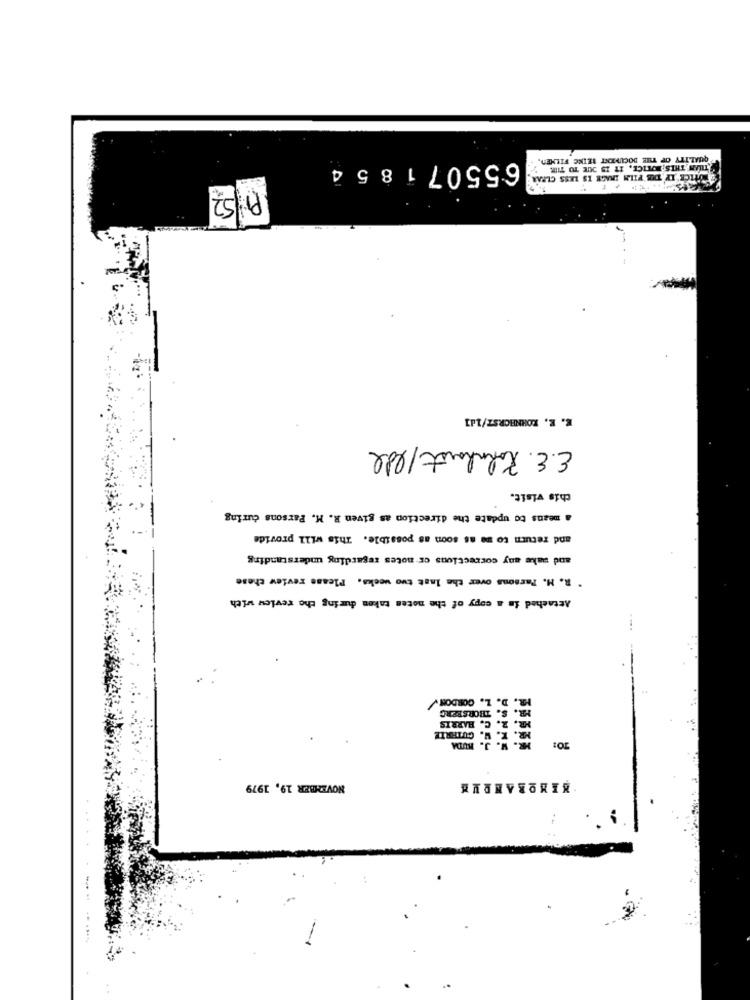
QUALITY OF THE DOCUMENT MEINE FILMEN
655071854
TILAN THIS NOTICE, IT IS JUIE TO TIME
TWOFICK IF THE FILM IMAGE IS LESS CLEAR
PI 52
E. E. KORNHORSZ/1d]
E.E. Zohnhaut/ede
this visit.
a means to update the direction as given R. M. Parsons during
and return to me as soon as possible. This will provide
and make any corrections or notes regarding understanding
. R. M. Parsons over the last two weeks. Please review chase
Attached in a copy of the notes taken during the review with
MR. D. L. GORDON
MR. S. THORSBERG
MR. R. C. HARRIS
R. W. CUTERIE
TO: IR. W. J. KUDA
NOVEMBER 19, 1979